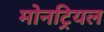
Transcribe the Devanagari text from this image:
मोनट्रियल